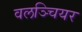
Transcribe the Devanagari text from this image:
वलञ्चियर